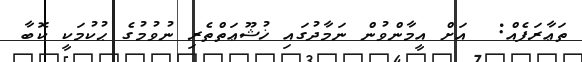
ތަޢާރަފެއް:  އަށް އީމާންވުން ނަމާދުގައި ޚުޝޫޢަތްތެރި ނުވުމުގެ ޙުކުމަކީ ކޮބާ